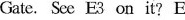
Gate. See E3 on it?E